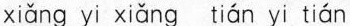
xiang yi xiang tian yi tian